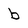
Character: b